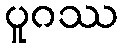
ပူဂဿ